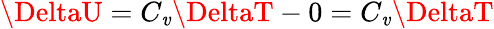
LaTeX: \DeltaU=C_{\mathit{v}}\DeltaT-0=C_{\mathit{v}}\DeltaT